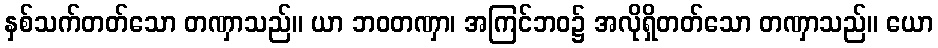
နှစ်သက်တတ်သော တဏှာသည်။ ယာ ဘဝတဏှာ၊ အကြင်ဘဝ၌ အလိုရှိတတ်သော တဏှာသည်။ ယော